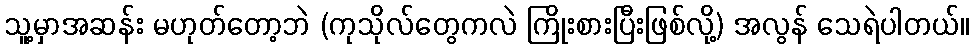
သူ့မှာအဆန်း မဟုတ်တော့ဘဲ (ကုသိုလ်တွေကလဲ ကြိုးစားပြီးဖြစ်လို့) အလွန် သေရဲပါတယ်။